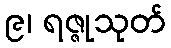
၉၊ ရဇ္ဇုသုတ်